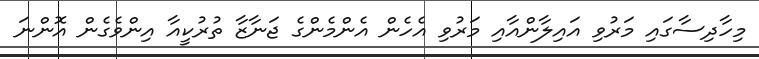
މިހާދިސާގައި މަރުވި އައިލާންއާއި މަރުވި އެހެން އެންމެންގެ ޖަނާޒާ ތުރުކީއާ އިންވެގެން އޮންނަ